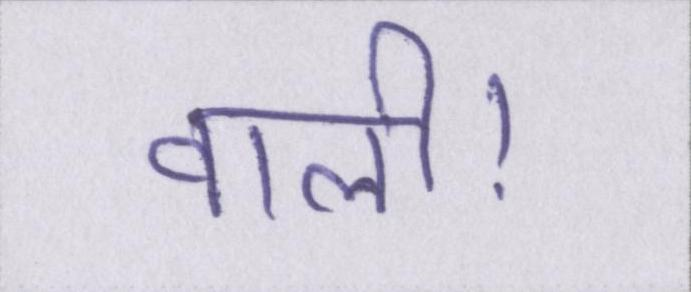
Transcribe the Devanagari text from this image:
वाली।